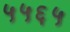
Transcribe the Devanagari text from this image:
५५६५